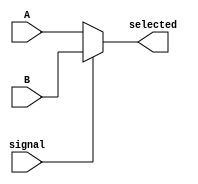
`timescale 1ns / 1ps
//////////////////////////////////////////////////////////////////////////////////
// Company: 
// Engineer: 
// 
// Design Name: 
// Module Name: Mux_32_ALUM2Reg
// Project Name: 
// Target Devices: 
// Tool Versions: 
// Description: 
// 
// Dependencies: 
// 
// Revision:
// Revision 0.01 - File Created
// Additional Comments:
// 
//////////////////////////////////////////////////////////////////////////////////


module Mux_32_ALUM2Reg(signal, A, B, selected);
    input signal;
    input [31:0] A,B;
    output [31:0] selected;
    assign selected = (signal == 1'b0 ? A : B);
endmodule